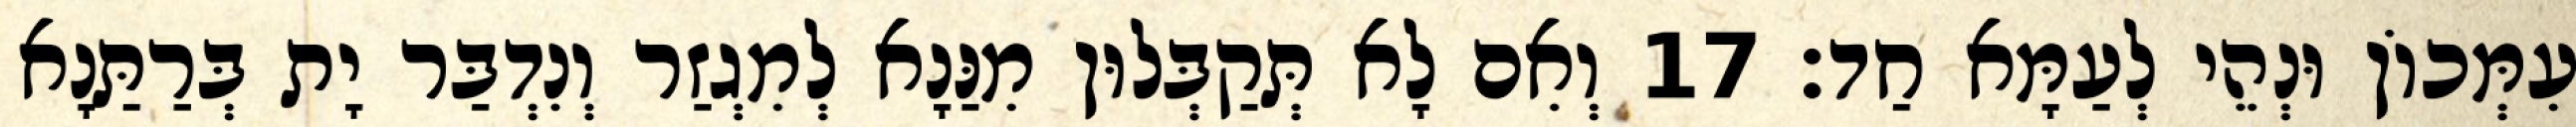
עִמְּכוֹן וּנְהֵי לְעַמָּא חַד׃ 17 וְאִם לָא תְּקַבְּלוּן מִנַּנָא לְמִגְזַר וְנִדְבַּר יָת בְּרַתַּנָא